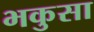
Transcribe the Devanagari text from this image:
भकुसा